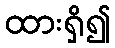
ထားရှိ၍